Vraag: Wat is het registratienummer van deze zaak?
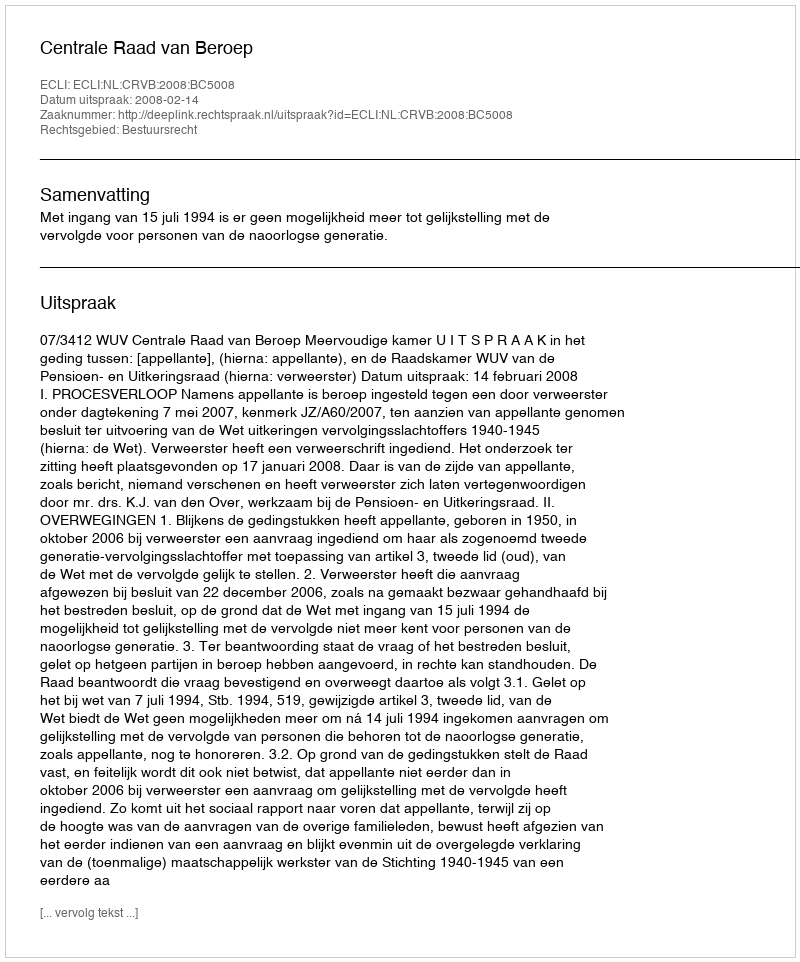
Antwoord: http://deeplink.rechtspraak.nl/uitspraak?id=ECLI:NL:CRVB:2008:BC5008